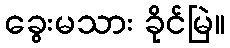
ခွေးမသား ခိုင်မြဲ။